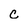
Character: c